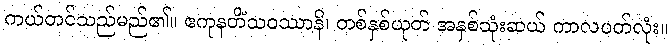
ကယ်တင်သည်မည်၏။ ဧကုနတိံသဝဿာနိ၊ တစ်နှစ်ယုတ် အနှစ်သုံးဆယ် ကာလပတ်လုံး။